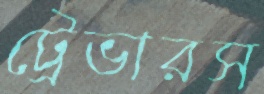
ট্রেভারস